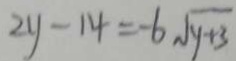
2 y - 1 4 = - 6 \sqrt { y + 3 }